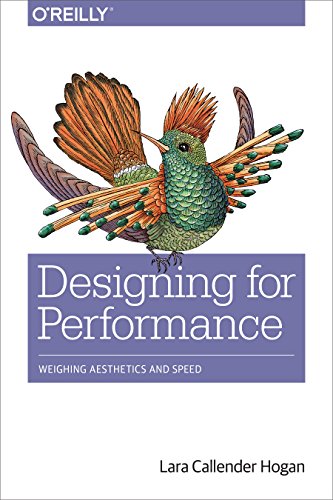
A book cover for Designing for Performance: Weighing Aesthetics and Speed; Lara Callender Hogan; Computers & Technology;